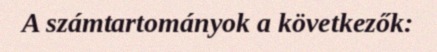
A számtartományok a következők: